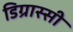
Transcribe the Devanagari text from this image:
डिग्रास्सी